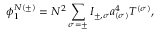
\phi _ { 1 } ^ { N ( \pm ) } = N ^ { 2 } \sum _ { \sigma = \pm } I _ { \pm , \sigma } a _ { ( \sigma ) } ^ { 4 } T ^ { ( \sigma ) } ,